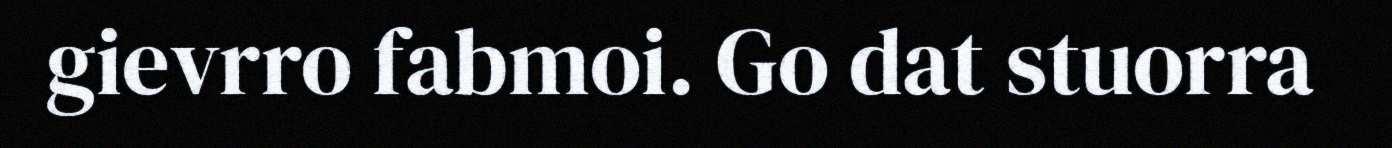
gievrro fabmoi. Go dat stuorra